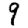
Digit: 9